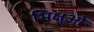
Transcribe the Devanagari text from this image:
भिक्षुओ